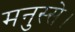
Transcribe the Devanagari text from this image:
मनुस्से।